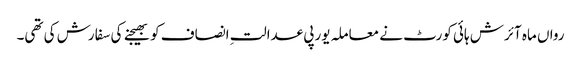
رواں ماہ آئرش ہائی کورٹ نے معاملہ یورپی عدالتِ انصاف کو بھیجنے کی سفارش کی تھی۔